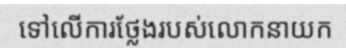
ទៅលើការថ្លែងរបស់លោកនាយក